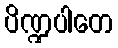
ပိဏ္ဍပါတေ